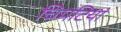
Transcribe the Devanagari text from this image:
चिमटियां